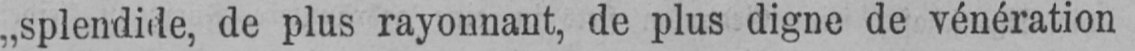
„splendide, de plus rayonnant, de plus digne de vénération